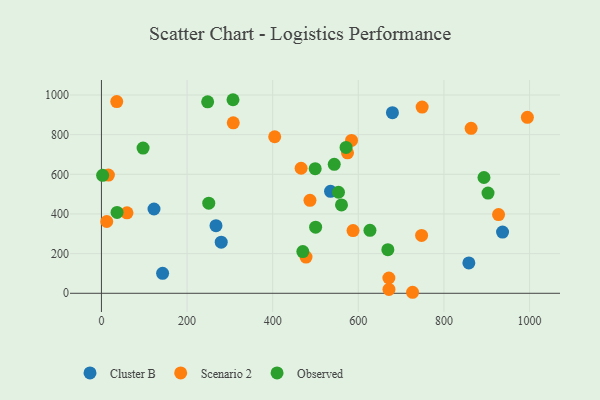
{"axis": {"x": "Price", "y": "Fuel Efficiency"}, "legend": ["Cluster B", "Observed", "Scenario 2"], "data": [{"x": "936.9", "y": 308.7, "type": "Cluster B"}, {"x": "858.2", "y": 153.1, "type": "Cluster B"}, {"x": "535.1", "y": 514.1, "type": "Cluster B"}, {"x": "679.7", "y": 911.0, "type": "Cluster B"}, {"x": "267.6", "y": 340.9, "type": "Cluster B"}, {"x": "122.8", "y": 425.1, "type": "Cluster B"}, {"x": "279.8", "y": 257.9, "type": "Cluster B"}, {"x": "142.9", "y": 100.5, "type": "Cluster B"}, {"x": "749.1", "y": 938.8, "type": "Scenario 2"}, {"x": "59.7", "y": 406.0, "type": "Scenario 2"}, {"x": "35.8", "y": 966.6, "type": "Scenario 2"}, {"x": "927.6", "y": 396.8, "type": "Scenario 2"}, {"x": "747.8", "y": 291.7, "type": "Scenario 2"}, {"x": "466.4", "y": 630.5, "type": "Scenario 2"}, {"x": "307.9", "y": 859.6, "type": "Scenario 2"}, {"x": "12.4", "y": 362.0, "type": "Scenario 2"}, {"x": "671.6", "y": 19.3, "type": "Scenario 2"}, {"x": "863.5", "y": 831.7, "type": "Scenario 2"}, {"x": "994.9", "y": 887.1, "type": "Scenario 2"}, {"x": "671.4", "y": 77.0, "type": "Scenario 2"}, {"x": "574.8", "y": 708.1, "type": "Scenario 2"}, {"x": "584.2", "y": 771.1, "type": "Scenario 2"}, {"x": "404.7", "y": 789.4, "type": "Scenario 2"}, {"x": "487.1", "y": 469.0, "type": "Scenario 2"}, {"x": "477.9", "y": 182.6, "type": "Scenario 2"}, {"x": "726.7", "y": 5.1, "type": "Scenario 2"}, {"x": "587.7", "y": 316.2, "type": "Scenario 2"}, {"x": "16.3", "y": 596.3, "type": "Scenario 2"}, {"x": "903.0", "y": 505.4, "type": "Observed"}, {"x": "560.7", "y": 445.7, "type": "Observed"}, {"x": "97.3", "y": 732.1, "type": "Observed"}, {"x": "470.4", "y": 210.5, "type": "Observed"}, {"x": "553.7", "y": 509.4, "type": "Observed"}, {"x": "36.5", "y": 407.9, "type": "Observed"}, {"x": "543.8", "y": 650.4, "type": "Observed"}, {"x": "248.1", "y": 965.3, "type": "Observed"}, {"x": "2.8", "y": 595.1, "type": "Observed"}, {"x": "499.3", "y": 628.4, "type": "Observed"}, {"x": "500.3", "y": 333.2, "type": "Observed"}, {"x": "627.2", "y": 317.4, "type": "Observed"}, {"x": "571.4", "y": 735.6, "type": "Observed"}, {"x": "893.5", "y": 584.0, "type": "Observed"}, {"x": "250.7", "y": 454.3, "type": "Observed"}, {"x": "307.3", "y": 976.1, "type": "Observed"}, {"x": "669.0", "y": 219.8, "type": "Observed"}]}